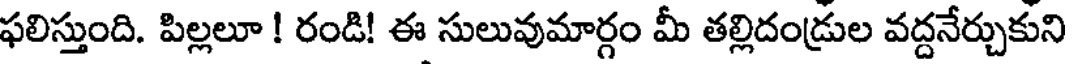
ఫలిస్తుంది. పిల్లలూ ! రండి! ఈ సులువుమార్గం మీ తల్లిదండ్రుల వద్దనేర్చుకుని